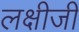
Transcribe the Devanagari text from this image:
लक्षीजी